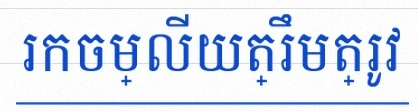
រកចម្លើយត្រឹមត្រូវ